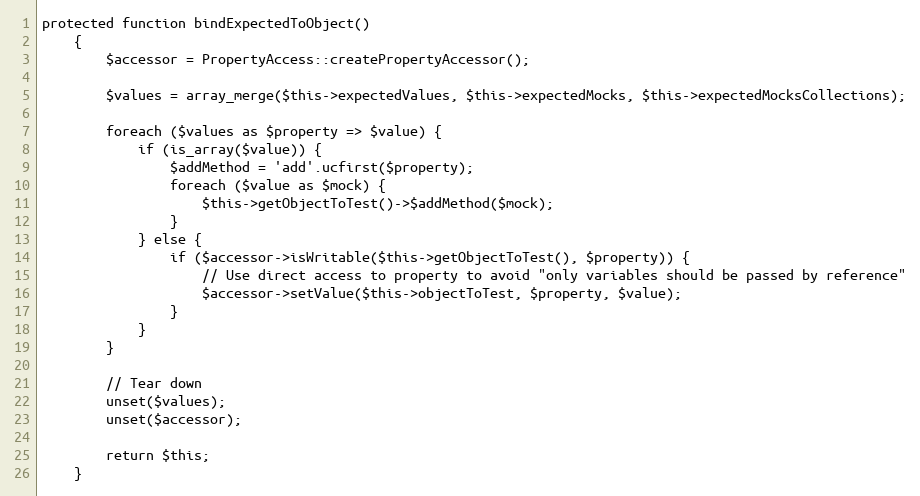
Language: PHP
protected function bindExpectedToObject()
    {
        $accessor = PropertyAccess::createPropertyAccessor();

        $values = array_merge($this->expectedValues, $this->expectedMocks, $this->expectedMocksCollections);

        foreach ($values as $property => $value) {
            if (is_array($value)) {
                $addMethod = 'add'.ucfirst($property);
                foreach ($value as $mock) {
                    $this->getObjectToTest()->$addMethod($mock);
                }
            } else {
                if ($accessor->isWritable($this->getObjectToTest(), $property)) {
                    // Use direct access to property to avoid "only variables should be passed by reference"
                    $accessor->setValue($this->objectToTest, $property, $value);
                }
            }
        }

        // Tear down
        unset($values);
        unset($accessor);

        return $this;
    }